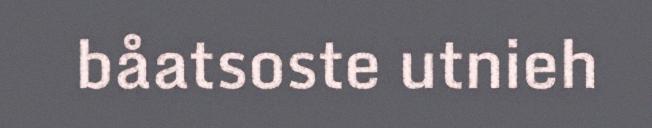
båatsoste utnieh